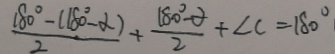
\frac { 1 8 0 ^ { \circ } - ( 1 8 0 ^ { \circ } - \alpha ) } { 2 } + \frac { 1 8 0 ^ { \circ } - \alpha } { 2 } + \angle c = 1 8 0 ^ { \circ }